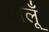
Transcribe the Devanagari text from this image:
आलूँ